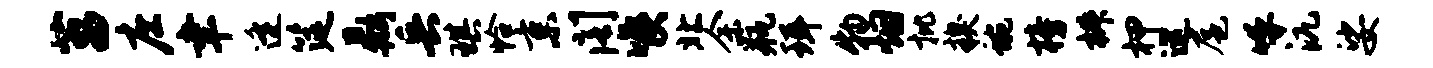
菖庄聿逄筵鼎兵琪恰京阁喉北余瓶珥物烟批糗蜿榜椒柙巡扈呼沆娑